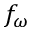
f _ { \omega }